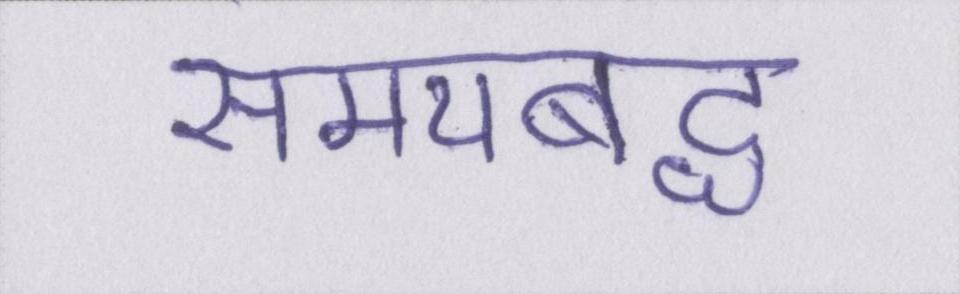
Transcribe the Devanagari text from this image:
समयबद्ध